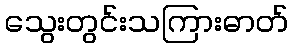
သွေးတွင်းသကြားဓာတ်